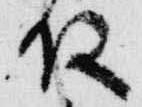
殿